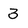
Character: 3